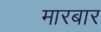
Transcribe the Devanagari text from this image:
मारबार